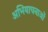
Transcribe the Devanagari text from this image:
अभियाचनाओं